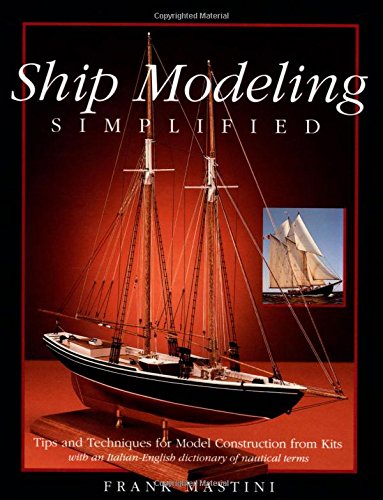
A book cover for Ship Modeling Simplified: Tips and Techniques for Model Construction from Kits; Frank Mastini; Crafts, Hobbies & Home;